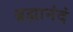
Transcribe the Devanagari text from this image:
ब्रह्मानंदं